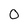
Character: 0